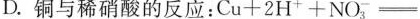
D.铜与稀硝酸的反应：Cu+2H^{+} +NO_{3}^{-} =